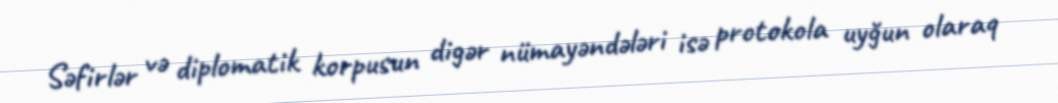
Səfirlər və diplomatik korpusun digər nümayəndələri isə protokola uyğun olaraq